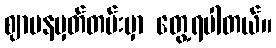
ဈာပနမှတ်တမ်းမှာ တွေ့ရပါတယ်။